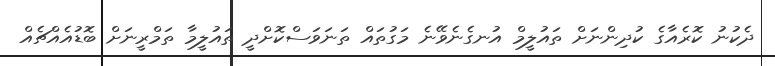
ދެކުނު ކޮރެއާގެ ކުދިންނަށް ތައުލީމް އުނގެނެވޭނެ މަގުތައް ތަނަވަސްކޮށްދީ ތައުލީމާ ތަމްރީނަށް ބޮޑުއެއްޗެއް